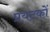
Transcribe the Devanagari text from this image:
प्रयटकों